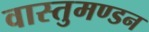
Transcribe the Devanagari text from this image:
वास्तुमण्डन